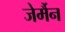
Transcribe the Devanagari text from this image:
जेर्मैन